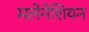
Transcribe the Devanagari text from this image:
मलेनेशियन